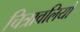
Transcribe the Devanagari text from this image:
चित्रावलियों